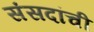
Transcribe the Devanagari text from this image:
संसदांची